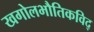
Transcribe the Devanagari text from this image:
खगोलभौतिकविद्